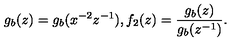
g _ { b } ( z ) = g _ { b } ( x ^ { - 2 } z ^ { - 1 } ) , f _ { 2 } ( z ) = \frac { g _ { b } ( z ) } { g _ { b } ( z ^ { - 1 } ) } .